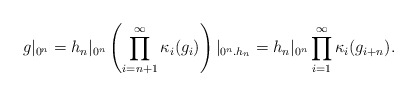
\begin{align*}g|_{0^n} = h_n|_{0^n} \left(\prod_{i = n+1}^{\infty} \kappa_i(g_i)\right)|_{0^n.h_n}= h_n|_{0^n} \prod_{i = 1}^{\infty} \kappa_i(g_{i+n}).\end{align*}